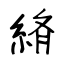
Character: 緕